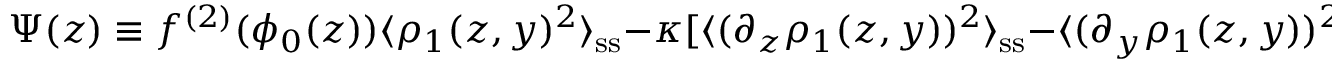
\Psi ( z ) \equiv f ^ { ( 2 ) } ( \phi _ { 0 } ( z ) ) \langle \rho _ { 1 } ( z , y ) ^ { 2 } \rangle _ { \mathrm { s s } } - \kappa [ \langle ( \partial _ { z } \rho _ { 1 } ( z , y ) ) ^ { 2 } \rangle _ { \mathrm { s s } } - \langle ( \partial _ { y } \rho _ { 1 } ( z , y ) ) ^ { 2 } \rangle _ { \mathrm { s s } } ] .